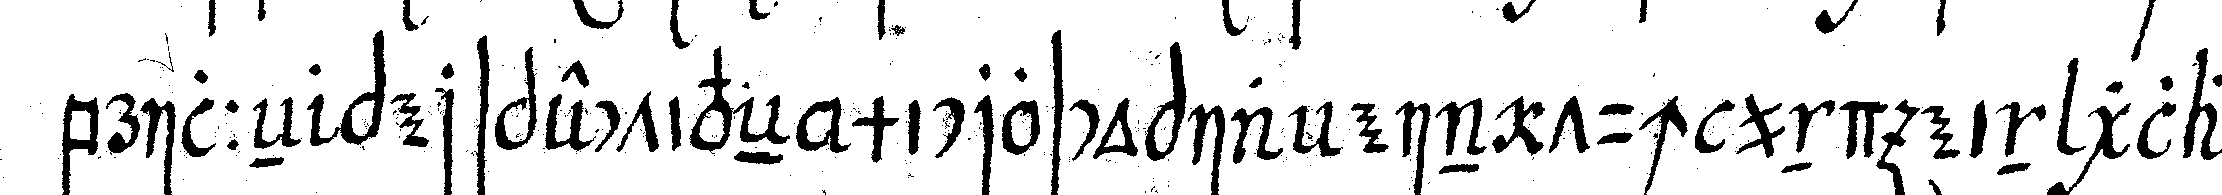
brilleN perspectiveN microscopia ein tuch und ein glas